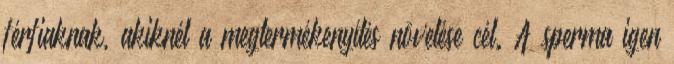
férfiaknak, akiknél a megtermékenyítés növelése cél. A sperma igen